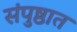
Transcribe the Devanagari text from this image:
संपुष्ठात